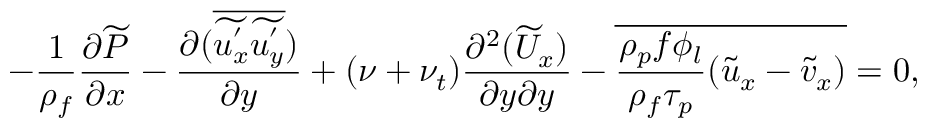
- \frac { 1 } { \rho _ { f } } \frac { \partial \widetilde { P } } { \partial x } - \frac { \partial ( \overline { { \widetilde { u _ { x } ^ { ' } } \widetilde { u _ { y } ^ { ' } } } } ) } { \partial y } + ( \nu + \nu _ { t } ) \frac { \partial ^ { 2 } ( \widetilde { U } _ { x } ) } { \partial y \partial y } - \overline { { \frac { \rho _ { p } f \phi _ { l } } { \rho _ { f } \tau _ { p } } ( \widetilde { u } _ { x } - \widetilde { v } _ { x } ) } } = 0 ,